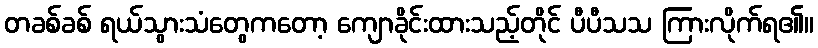
တခစ်ခစ် ရယ်သွားသံတွေကတော့ ကျောခိုင်းထားသည့်တိုင် ပီပီသသ ကြားလိုက်ရ၏။